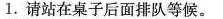
1.请站在桌子后面排队等候。